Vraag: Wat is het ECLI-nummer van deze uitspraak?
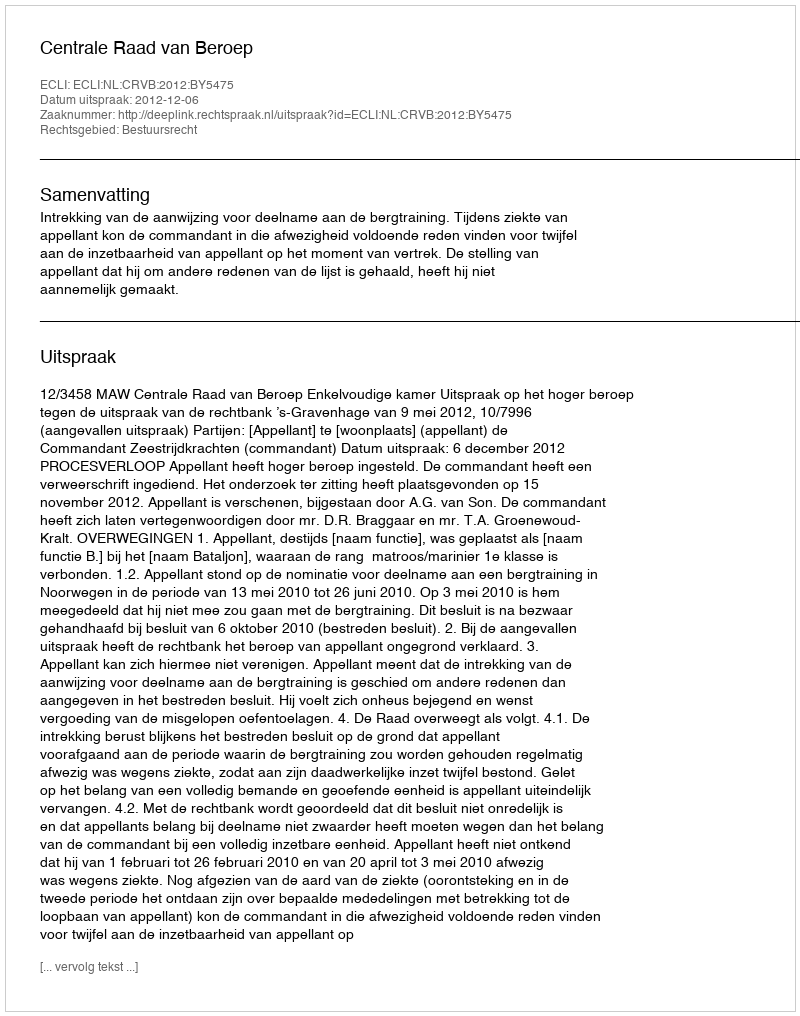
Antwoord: ECLI:NL:CRVB:2012:BY5475